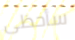
سأحظى